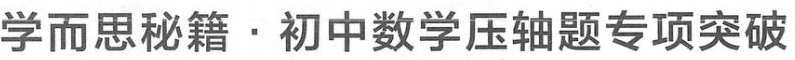
学而思秘籍·初中数学压轴题专项突破